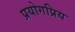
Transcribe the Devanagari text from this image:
प्रयोगप्रिय